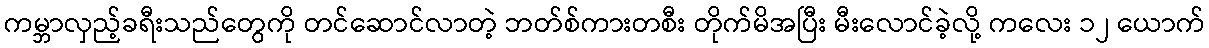
ကမ္ဘာလှည့်ခရီးသည်တွေကို တင်ဆောင်လာတဲ့ ဘတ်စ်ကားတစီး တိုက်မိအပြီး မီးလောင်ခဲ့လို့ ကလေး ၁၂ ယောက်